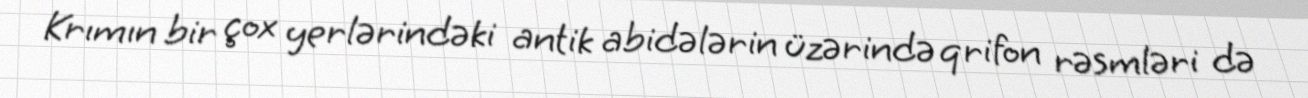
Krımın bir çox yerlərindəki antik abidələrin üzərində qrifon rəsmləri də